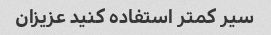
سیر کمتر استفاده کنید عزیزان